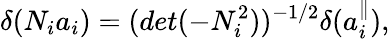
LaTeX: \delta(N_{i}a_{i})=(det(-N_{i}^{2}))^{-1/2}\delta(a_{i}^{\parallel}),